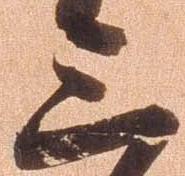
三